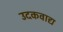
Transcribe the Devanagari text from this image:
उदकवाद्य